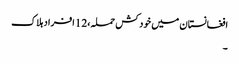
افغانستان میں خود کش حملہ،12 افراد ہلاک
۔